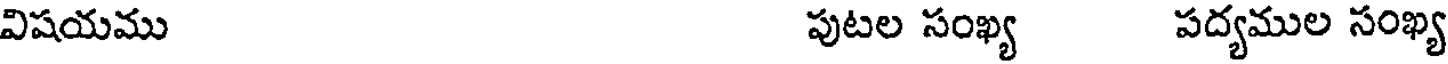
విషయము పుటల సంఖ్య పద్యముల సంఖ్య